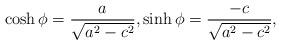
LaTeX: \begin{align*}\cosh \phi = \frac{a}{\sqrt{a^2 - c^2}}, \sinh \phi = \frac{-c}{\sqrt{a^2 - c^2}},\end{align*}